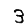
Digit: 3